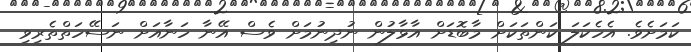
ކަމަށެވެ. އެހެކަލަ ކަންތަކަށް މާބޮޑަށް އާޅާލުން ނުދިނުމަށް ވެސް އޭނާ ހަނާއަށް ނަސޭހަތްތެރިވި